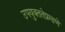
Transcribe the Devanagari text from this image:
उपयुक्ततेप्रमाणे